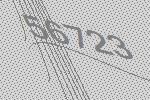
56723